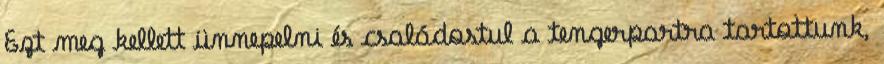
Ezt meg kellett ünnepelni és családostul a tengerpartra tartottunk,